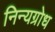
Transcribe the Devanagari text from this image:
निन्यग्रोध